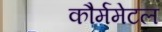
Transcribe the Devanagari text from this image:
कौर्ममेटल